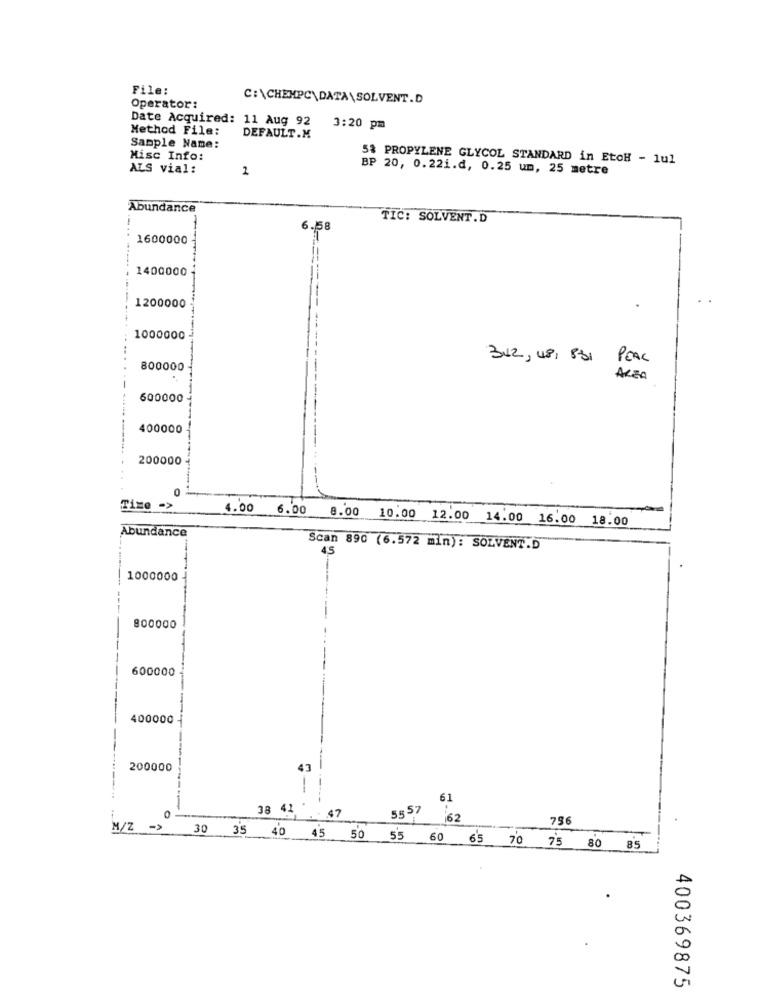
File:
C:\CHEMPC\DATA\SOLVENT.D
Operator:
Date Acquired: 11 Aug 92
Method File:
3:20 pm
DEFAULT.M
Sample Name:
Misc Info:
5% PROPYLENE GLYCOL STANDARD in EtoH - lul
ALS vial:
2
BP 20, 0.22i.d, 0.25 um, 25 metre
Abundance
TIC: SOLVENT.D
6.58
1600000
1400000
-----
1200000
1000000
342, 481 831 PEAL
800000
ALSO
600000
400000
200000
0
Time ->
4.00 6.00 8.00 10.00 12.00 14.00 16.00 18.00
Abundance
Scan 890 (6.572 min): SOLVENT.D
45
1000000
800000
600000
400000
200000
43
--
61
-
38 41
.. 47
5557
62
756
M/Z ->
30 35 40 45 50 55 60 65 70 75 80 85
400369875